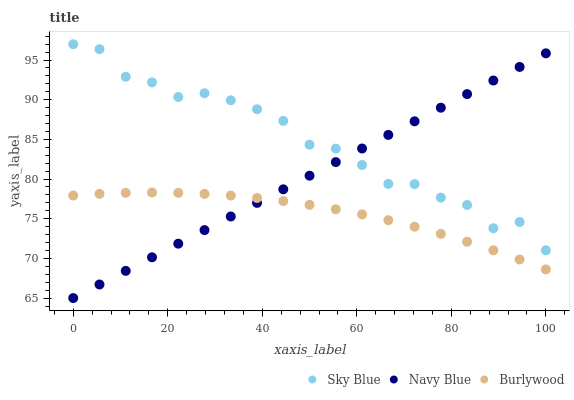
| xaxis_label | Sky Blue | Navy Blue | Burlywood |
 | --- | --- | --- | --- |
 | 0 | 97 | 65 | 77.9 |
 | 5.56 | 96.4 | 66.7 | 78.1 |
 | 11.1 | 92.9 | 68.4 | 78.3 |
 | 16.7 | 92.2 | 70.1 | 78.3 |
 | 22.2 | 90.3 | 71.9 | 78.3 |
 | 27.8 | 90.8 | 73.6 | 78.1 |
 | 33.3 | 89.9 | 75.3 | 77.9 |
 | 38.9 | 88.8 | 77 | 77.6 |
 | 44.4 | 87.3 | 78.7 | 77.2 |
 | 50 | 84.3 | 80.4 | 76.8 |
 | 55.6 | 83.8 | 82.1 | 76.2 |
 | 61.1 | 81.8 | 83.9 | 75.5 |
 | 66.7 | 79.4 | 85.6 | 74.8 |
 | 72.2 | 79.4 | 87.3 | 74 |
 | 77.8 | 77.7 | 89 | 73.1 |
 | 83.3 | 76.7 | 90.7 | 72.1 |
 | 88.9 | 73.8 | 92.4 | 71 |
 | 94.4 | 74.6 | 94.1 | 69.9 |
 | 100 | 71 | 95.8 | 68.6 |